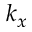
k _ { x }